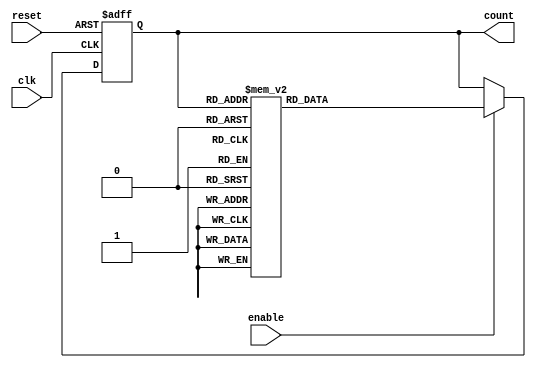
module decade_ring_counter (
    input wire clk,          // Clock signal
    input wire reset,        // Asynchronous reset signal
    input wire enable,       // Enable signal for counting
    output reg [3:0] count   // 4-bit output for the counter value
);

    // Internal state for counting (4-bit)
    reg [3:0] next_count;

    // Combinational logic to determine the next state
    always @(*) begin
        case (count)
            4'b0001: next_count = 4'b0010; // 1
            4'b0010: next_count = 4'b0011; // 2
            4'b0011: next_count = 4'b0100; // 3
            4'b0100: next_count = 4'b0101; // 4
            4'b0101: next_count = 4'b0110; // 5
            4'b0110: next_count = 4'b0111; // 6
            4'b0111: next_count = 4'b1000; // 7
            4'b1000: next_count = 4'b1001; // 8
            4'b1001: next_count = 4'b0001; // 9
            default: next_count = 4'b0001; // Default to 1 for any invalid state
        endcase
    end

    // Sequential logic to update the counter
    always @(posedge clk or posedge reset) begin
        if (reset) begin
            count <= 4'b0001; // Initialize to 1 on reset
        end else if (enable) begin
            count <= next_count; // Update count on clock edge if enabled
        end
    end

endmodule